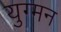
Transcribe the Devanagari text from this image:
युग्‍मन